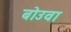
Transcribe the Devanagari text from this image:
बोउवा